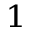
^ { 1 }